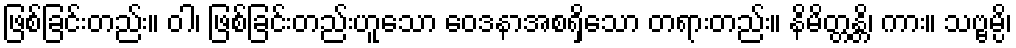
ဖြစ်ခြင်းတည်း။ ဝါ၊ ဖြစ်ခြင်းတည်းဟူသော ဝေဒနာအစရှိသော တရားတည်း။ နိမိတ္တန္တိ၊ ကား။ သဗ္ဗမ္ပိ၊